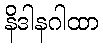
နိဒါနဂါထာ